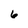
Character: 6